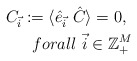
\begin{align*}C_{\vec{i}} := \langle \hat{e}_{\vec{i}\ } \hat{C} \rangle = 0, \ \\forall \ \vec{i} \in \mathbb{Z}_+^M\end{align*}